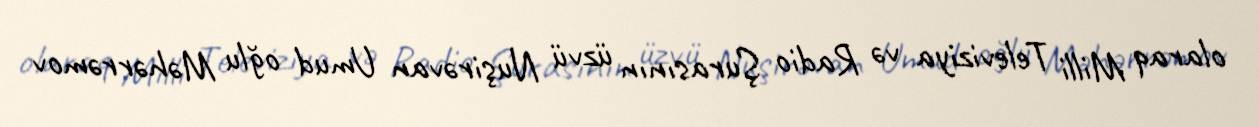
olaraq Milli Televiziya və Radio Şurasının üzvü Nuşirəvan Umud oğlu Məhərrəmov